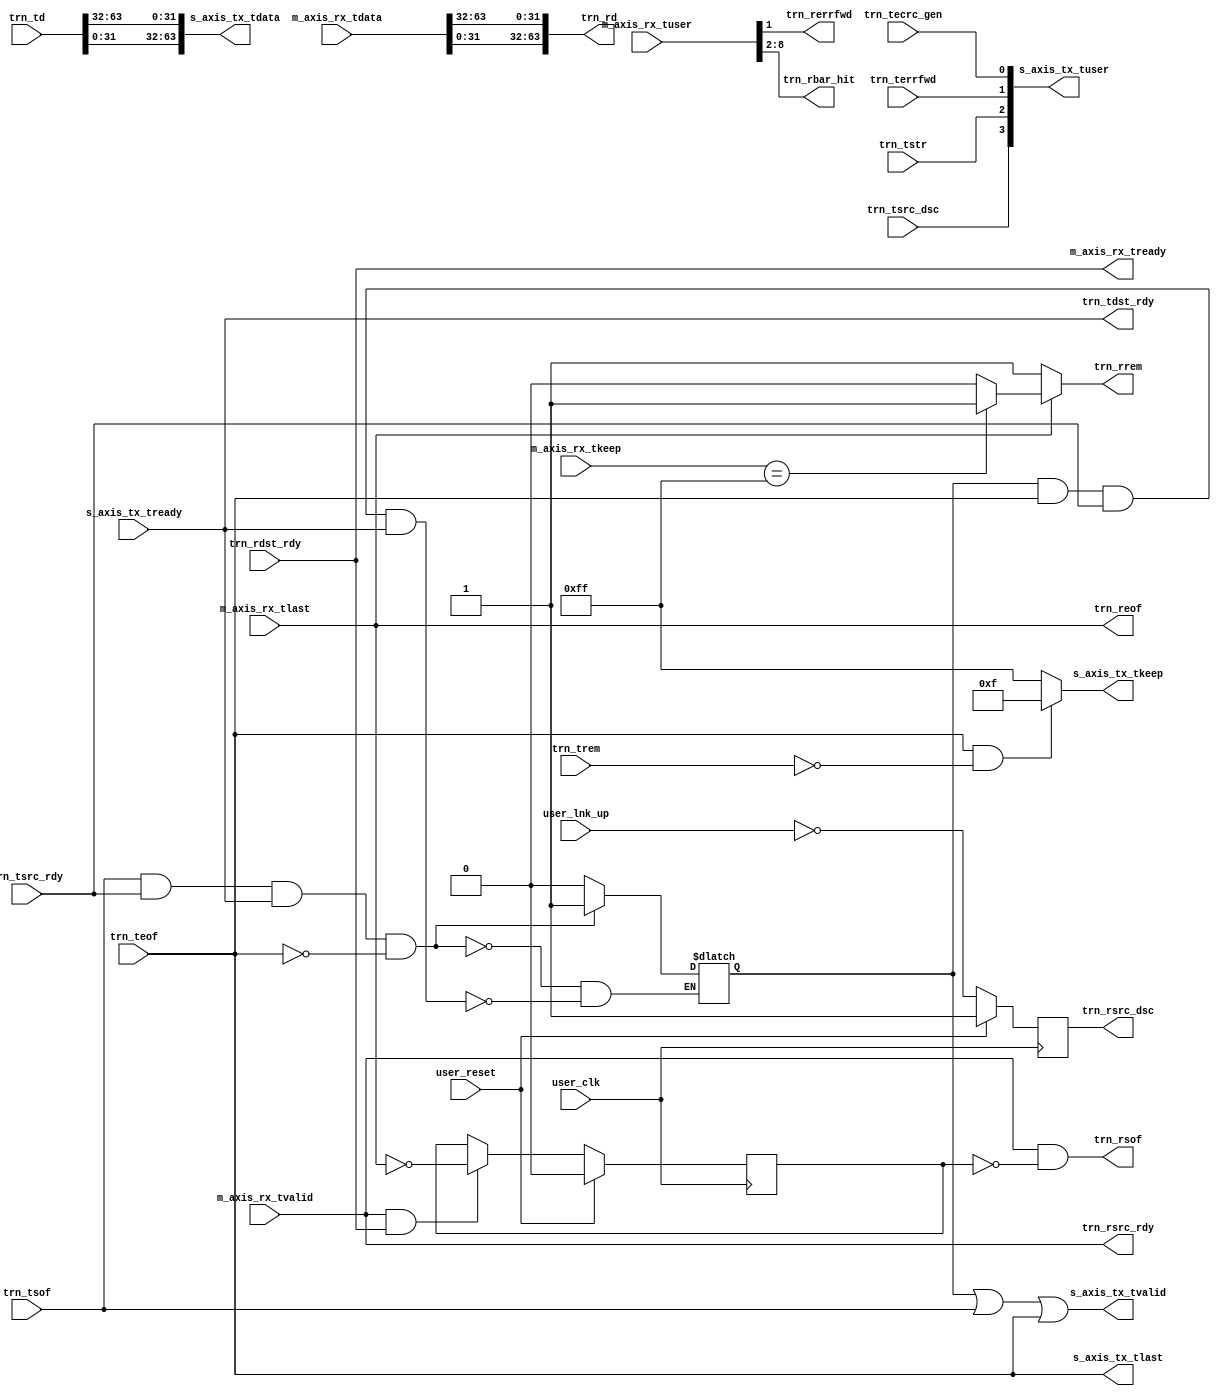
module pcie_axi_trn_bridge # (
  parameter         C_DATA_WIDTH = 64,
  parameter         RBAR_WIDTH = 7,
  parameter         KEEP_WIDTH = C_DATA_WIDTH / 8,
  parameter         REM_WIDTH = (C_DATA_WIDTH == 128) ? 2 : 1
)
(

    // Common
  input                       user_clk,
  input                       user_reset,
  input                       user_lnk_up,

  // AXI TX
  //-----------
  output   [C_DATA_WIDTH-1:0] s_axis_tx_tdata,        // TX data from user
  output                      s_axis_tx_tvalid,       // TX data is valid
  input                       s_axis_tx_tready,       // TX ready for data
  output     [KEEP_WIDTH-1:0] s_axis_tx_tkeep,        // TX strobe byte enables
  output                      s_axis_tx_tlast,        // TX data is last
  output                [3:0] s_axis_tx_tuser,        // TX user signals

  // AXI RX
  //-----------
  input  [C_DATA_WIDTH-1:0]   m_axis_rx_tdata,        // RX data to user
  input                       m_axis_rx_tvalid,       // RX data is valid
  output                      m_axis_rx_tready,       // RX ready for data
  input    [KEEP_WIDTH-1:0]   m_axis_rx_tkeep,        // RX strobe byte enables
  input                       m_axis_rx_tlast,        // RX data is last
  input              [21:0]   m_axis_rx_tuser,        // RX user signals

  //---------------------------------------------//
  // PCIe Usrapp I/O                             //
  //---------------------------------------------//

  // TRN TX
  //-----------
  input [C_DATA_WIDTH-1:0]    trn_td,                  // TX data from usrapp
  input                       trn_tsof,                // TX start of packet
  input                       trn_teof,                // TX end of packet
  input                       trn_tsrc_rdy,            // TX source ready
  output                      trn_tdst_rdy,            // TX destination ready
  input                       trn_tsrc_dsc,            // TX source discontinue
  input    [REM_WIDTH-1:0]    trn_trem,                // TX remainder
  input                       trn_terrfwd,             // TX error forward
  input                       trn_tstr,                // TX streaming enable
  input                       trn_tecrc_gen,           // TX ECRC generate

  // TRN RX
  //-----------
  output  [C_DATA_WIDTH-1:0]  trn_rd,                  // RX data to usrapp
  output                      trn_rsof,                // RX start of packet
  output                      trn_reof,                // RX end of packet
  output                      trn_rsrc_rdy,            // RX source ready
  input                       trn_rdst_rdy,            // RX destination ready
  output reg                  trn_rsrc_dsc,            // RX source discontinue
  output     [REM_WIDTH-1:0]  trn_rrem,                // RX remainder
  output wire                 trn_rerrfwd,             // RX error forward
  output    [RBAR_WIDTH-1:0]  trn_rbar_hit             // RX BAR hit

 );

//DWORD Reordering between AXI and TRN interface//

generate begin:gen_axis_txdata
  if (C_DATA_WIDTH == 64)
  begin 
    assign s_axis_tx_tdata = {trn_td[31:0],trn_td[63:32]};
  end
  else if (C_DATA_WIDTH == 128)
  begin
    assign s_axis_tx_tdata = {trn_td[31:0],trn_td[63:32],trn_td[95:64],trn_td[127:96]};
  end
end
endgenerate

//Coversion from trn_rem to s_axis_tkeep[7:0]//

generate begin: gen_axis_tx_tkeep
if (C_DATA_WIDTH == 64)
begin
   
  assign s_axis_tx_tkeep = (trn_teof && ~trn_trem) ? 8'h0F : 8'hFF;
//  always @*
//  begin
//    if (trn_teof && ~trn_trem)  begin
//        s_axis_tx_tkeep <= 8'h0F;
//    end else begin
//        s_axis_tx_tkeep <= 8'hFF;
//    end
//  end
end

else if (C_DATA_WIDTH == 128)
begin

  assign s_axis_tx_tkeep = (trn_teof) ? ((trn_trem == 2'b11) ? 16'hFFFF :
                                         ((trn_trem == 2'b10) ? 16'h0FFF :
                                         ((trn_trem == 2'b01) ? 16'h00FF : 16'h000F ))) :
                                        16'hFFFF;
//  always @*
//  begin
//    if (trn_teof)
//    begin
//      case (trn_trem)
//        2'b11: begin s_axis_tx_tkeep <= 16'hFFFF; end
//        2'b10: begin s_axis_tx_tkeep <= 16'h0FFF; end
//        2'b01: begin s_axis_tx_tkeep <= 16'h00FF; end
//        2'b00: begin s_axis_tx_tkeep <= 16'h000F; end
//      endcase
//    end
//    else
//    begin
//        s_axis_tx_tkeep <= 16'hFFFF;
//    end
//  end
end
end
endgenerate

//Connection of s_axis_tx_tuser with  trn_tsrc_dsc,trn_tstr,trn_terr_fwd and trn_terr_fwd
assign s_axis_tx_tuser [3] = trn_tsrc_dsc; 
assign s_axis_tx_tuser [2] = trn_tstr;
assign s_axis_tx_tuser [1] = trn_terrfwd;
assign s_axis_tx_tuser [0] = trn_tecrc_gen;

//Constraint trn_tsrc_rdy. If constrained, testbench keep trn_tsrc_rdy constantly asserted. This makes axi bridge to generate trn_tsof immeditely after trn_teof of previous packet.//
reg trn_tsrc_rdy_derived = 1'b0;
always @*
begin
  if(trn_tsof && trn_tsrc_rdy && trn_tdst_rdy && !trn_teof) 
  begin
    trn_tsrc_rdy_derived <= 1'b1;
  end
  else if(trn_tsrc_rdy_derived && trn_teof && trn_tsrc_rdy && trn_tdst_rdy) 
  begin
    trn_tsrc_rdy_derived <= 1'b0;
  end
end

assign s_axis_tx_tvalid = trn_tsrc_rdy_derived || trn_tsof || trn_teof;

assign trn_tdst_rdy = s_axis_tx_tready;

assign s_axis_tx_tlast = trn_teof;

assign m_axis_rx_tready = trn_rdst_rdy;

generate begin:gen_trn_rd
if (C_DATA_WIDTH == 64) begin 
    assign trn_rd = {m_axis_rx_tdata[31:0],m_axis_rx_tdata[63:32]};
end else if (C_DATA_WIDTH == 128) begin
  assign trn_rd = {m_axis_rx_tdata[31:0],m_axis_rx_tdata [63:32],m_axis_rx_tdata [95:64],m_axis_rx_tdata [127:96]};
end
end
endgenerate

//Regenerate trn_rsof
//Used clock. Latency may have been added

reg in_packet_reg;
generate begin:gen_trn_rsof 
if (C_DATA_WIDTH == 64)
begin
  always @(posedge user_clk)
  begin
    if (user_reset)
      in_packet_reg <= 1'b0;
    else if (m_axis_rx_tvalid && m_axis_rx_tready)
      in_packet_reg <= ~m_axis_rx_tlast;
  end
  assign trn_rsof = m_axis_rx_tvalid & ~in_packet_reg;
end
else if (C_DATA_WIDTH == 128)
begin
  assign trn_rsof = m_axis_rx_tuser [14];
end
end
endgenerate

generate begin: gen_trn_reof
if (C_DATA_WIDTH == 64)
begin
  assign trn_reof = m_axis_rx_tlast;
end
else if (C_DATA_WIDTH == 128)
begin
  assign trn_reof = m_axis_rx_tuser[21]; //is_eof[4];
end
end
endgenerate

assign trn_rsrc_rdy = m_axis_rx_tvalid;

//Regenerate trn_rsrc_dsc
//Used clock. Latency may have been added
always @(posedge user_clk)
begin
  if (user_reset)
    trn_rsrc_dsc <= 1'b1;
  else
    trn_rsrc_dsc <= ~user_lnk_up;
end

wire [4:0] is_sof;
wire [4:0] is_eof;

assign is_sof = m_axis_rx_tuser[14:10];
assign is_eof = m_axis_rx_tuser[21:17];

generate begin:gen_trn_rrem
if (C_DATA_WIDTH == 64)
begin
  assign trn_rrem = m_axis_rx_tlast ? (m_axis_rx_tkeep == 8'hFF) ? 1'b1 : 1'b0: 1'b1;
end
else if (C_DATA_WIDTH == 128)
begin
  assign trn_rrem[0] = is_eof[2];
  assign trn_rrem[1] = (is_eof[4] || is_sof[4] )  ?  ( (is_sof[4] && is_eof[4] && is_eof[3]) || (!is_sof[4] && is_eof[4] && is_eof[3]) || (is_sof[4] && !is_eof[4] && !is_sof[3]) )  :   1'b1;
end
end
endgenerate

assign trn_rerrfwd = m_axis_rx_tuser[1];

assign trn_rbar_hit = m_axis_rx_tuser[8:2];


endmodule